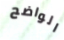
الواضح